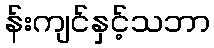
န်းကျင်နှင့်သဘာ